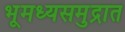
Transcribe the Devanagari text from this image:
भूमध्यसमुद्रात